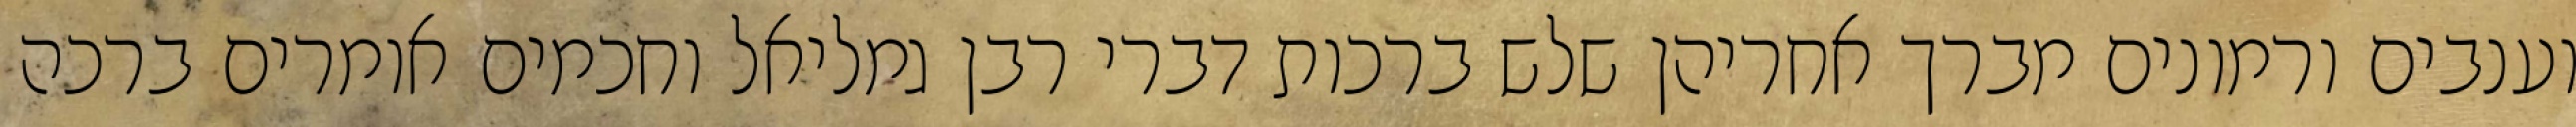
וענבים ורמונים מברך אחריהן שלש ברכות דברי רבן גמליאל וחכמים אומרים ברכה